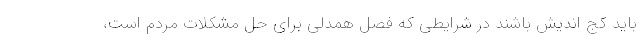
باید کج اندیش باشند در شرایطی که فصل همدلی برای حل مشکلات مردم است،